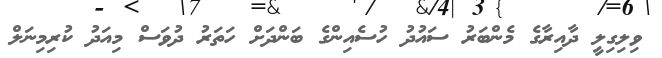
ވިލިގިލީ ދާއިރާގެ މެންބަރު ސައުދު ހުސެއިންގެ ބަންދަށް ހަތަރު ދުވަސް މިއަދު ކުރިމިނަލް